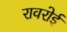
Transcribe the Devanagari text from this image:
रावरोई